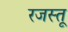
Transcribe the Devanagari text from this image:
रजस्तू